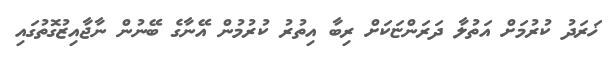
ޚަރަދު ކުރުމަށް އަތުލާ ދަރަންޏަކަށް ރިބާ އިތުރު ކުރުމުން އޭނާގެ ބޭނުން ނާޖާއިޒުގޮތުގައި